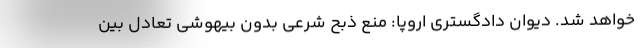
خواهد شد. دیوان دادگستری اروپا: منع ذبح شرعی بدون بیهوشی تعادل بین